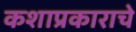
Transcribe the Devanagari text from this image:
कशाप्रकाराचे